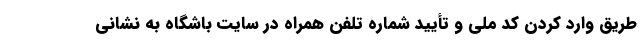
طریق وارد کردن کد ملی و تأیید شماره تلفن همراه در سایت باشگاه به نشانی